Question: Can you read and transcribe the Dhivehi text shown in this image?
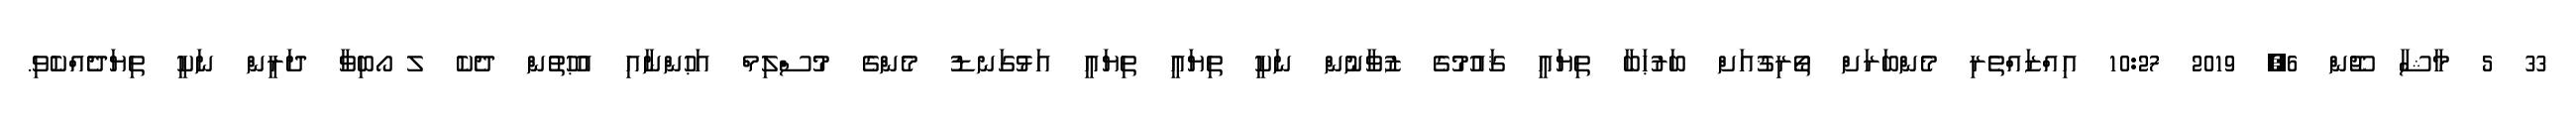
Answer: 33 5 މާޝާ ޖޫން 6, 2019 10:27 އިއްޒައްތެރި މެންބަރަށް ތޯރިޤުއަށް ބަރުޙަބާ ތިޔައީ ޤައުމުގެ ޒުވާނުން ނަކީ ތިޔައީ ތިޔައީ އަޅުގަނޑު މެންގެ މުސްލިމް އަޙުންނާއި އުޙުތުން ދެކެ ލ ޯބިވާ ދަރީން ނަކީ ތިޔަދެއްކެވި.